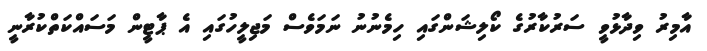
އާމިރު ވިދާޅުވީ ސަރުކާރުގެ ކޯލިޝަންގައި ހިމެނުނު ނަމަވެސް މަޖިލީހުގައި އެ ޕާޓީން މަސައްކަތްކުރާނީ